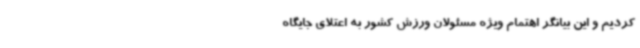
کردیم و این بیانگر اهتمام ویژه مسئولان ورزش کشور به اعتلای جایگاه